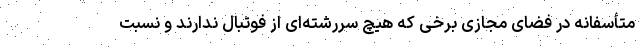
متأسفانه در فضای مجازی برخی که هیچ سررشته‌ای از فوتبال ندارند و نسبت